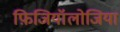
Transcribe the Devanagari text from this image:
फ़िजियॉलोजिया